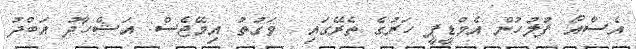
އެސްއޯ ފުލުހުން އެމްޑީޕީ ހަރުގެ ތެރޭގައި  ވަގުތު އިމޭޖެސް: އަޝްހާދު އަބްދު